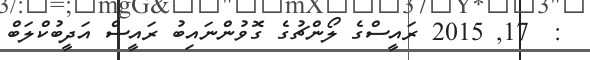
:  17